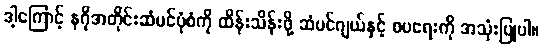
ဒါ့ကြောင့် နဂိုအတိုင်းဆံပင်ပုံစံကို ထိန်းသိန်းဖို့ ဆံပင်ဂျယ်နှင့် စပရေးကို အသုံးပြုပါ။